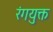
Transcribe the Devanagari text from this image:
रंगयुक्त